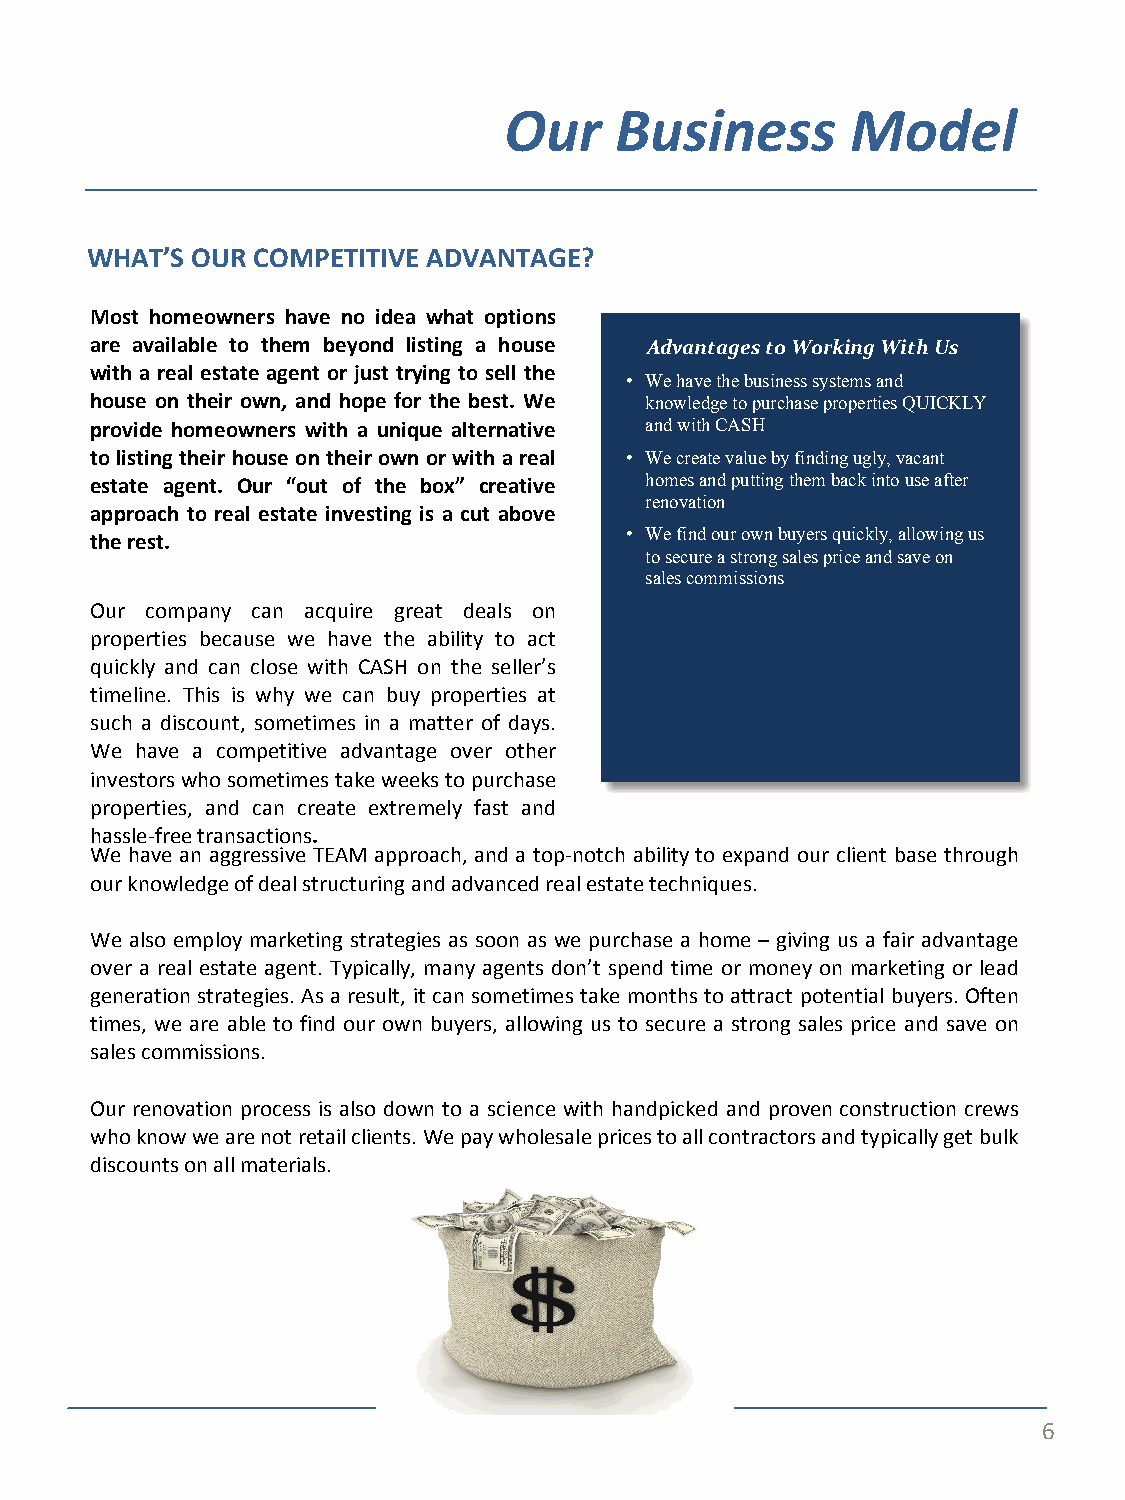
Our     Business       Model
 WHAT’S OUR COMPETITIVE ADVANTAGE?
 Most homeowners have no idea what options
 are available to them beyond listing a house Advantages to Working With Us
 with a real estate agent or just trying to sell the
 • We have the business systems and
 house on their own, and hope for the best. We knowledge to purchase properties QUICKLY
 provide homeowners with a unique alternative and with CASH
 to listing their house on their own or with a real • We create value by finding ugly, vacant
 estate agent. Our “out of the box” creative homes and putting them back into use after
 renovation
 approach to real estate investing is a cut above
 • We find our own buyers quickly, allowing us
 the rest.
 to secure a strong sales price and save on
 sales commissions
 Our company can acquire great deals on
 properties because we have the ability to act
 quickly and can close with CASH on the seller’s
 timeline. This is why we can buy properties at
 such a discount, sometimes in a matter of days.
 We have a competitive advantage over other
 investors who sometimes take weeks to purchase
 properties, and can create extremely fast and
 hassle-free transactions.
 We have an aggressive TEAM approach, and a top-notch ability to expand our client base through
 our knowledge of deal structuring and advanced real estate techniques.
 We also employ marketing strategies as soon as we purchase a home – giving us a fair advantage
 over a real estate agent. Typically, many agents don’t spend time or money on marketing or lead
 generation strategies. As a result, it can sometimes take months to attract potential buyers. Often
 times, we are able to find our own buyers, allowing us to secure a strong sales price and save on
 sales commissions.
 Our renovation process is also down to a science with handpicked and proven construction crews
 who know we are not retail clients. We pay wholesale prices to all contractors and typically get bulk
 discounts on all materials.
 INSERT PHOTO HERE
 (BAG OF MONEY)
 6